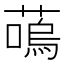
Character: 𫉩